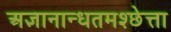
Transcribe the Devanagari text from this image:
अज्ञानान्धतमश्छेत्ता